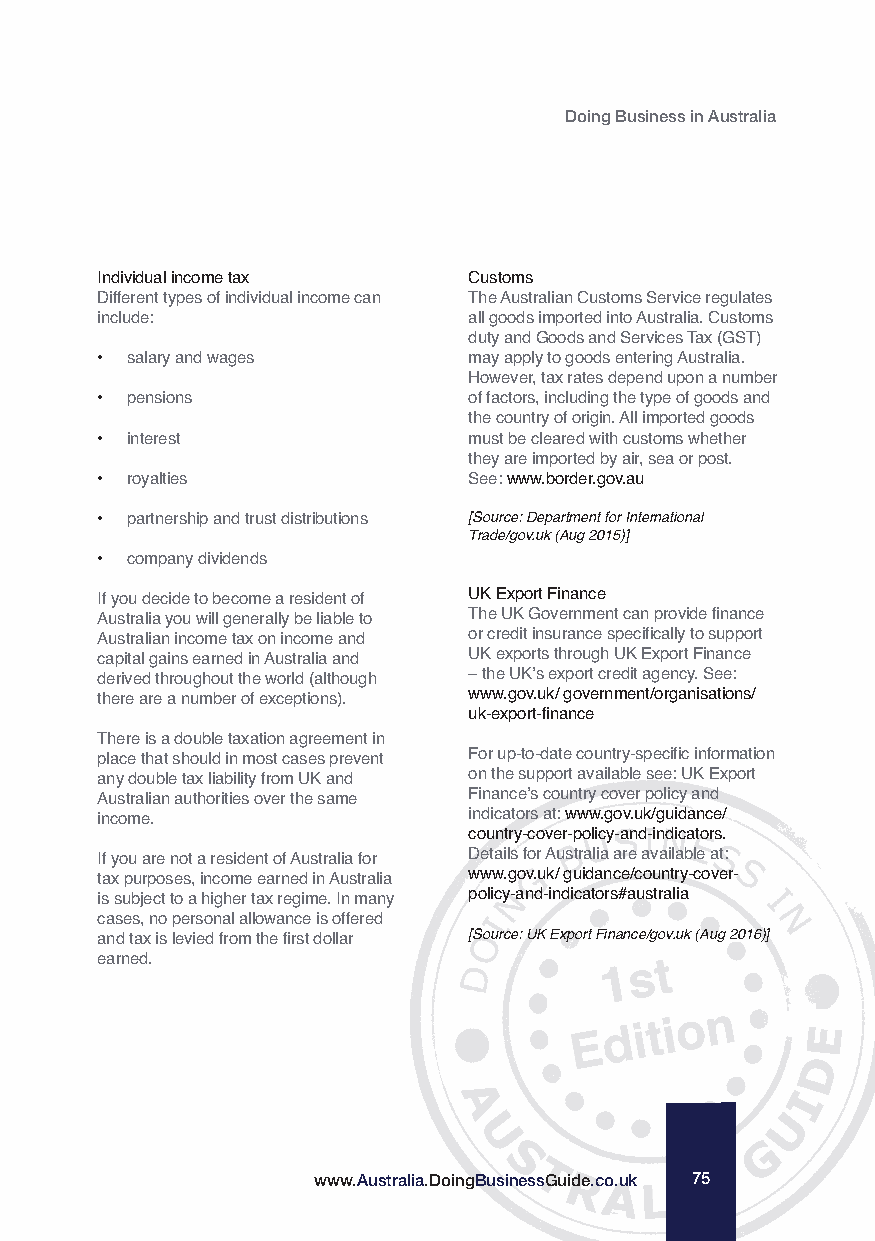
Doing Business in Australia
 Individual income tax    Customs
 Different types of individual income can The Australian Customs Service regulates
 include:                 all goods imported into Australia. Customs
 duty and Goods and Services Tax (GST)
 • salary and wages       may apply to goods entering Australia.
 However, tax rates depend upon a number
 • pensions               of factors, including the type of goods and
 the country of origin. All imported goods
 • interest               must be cleared with customs whether
 they are imported by air, sea or post.
 • royalties              See: www.border.gov.au
 • partnership and trust distributions [Source: Department for International
 Trade/gov.uk (Aug 2015)]
 • company dividends
 If you decide to become a resident of UK Export Finance
 Australia you will generally be liable to The UK Government can provide finance
 Australian income tax on income and or credit insurance specifically to support
 capital gains earned in Australia and UK exports through UK Export Finance
 derived throughout the world (although – the UK’s export credit agency. See:
 there are a number of exceptions). www.gov.uk/ government/organisations/
 uk-export-finance
 There is a double taxation agreement in
 place that should in most cases prevent For up-to-date country-specific information
 any double tax liability from UK and on the support available see: UK Export
 Australian authorities over the same Finance’s country cover policy and
 income.                  indicators at: www.gov.uk/guidance/
 country-cover-policy-and-indicators.
 If you are not a resident of Australia for Details for Australia are available at:
 tax purposes, income earned in Australia www.gov.uk/ guidance/country-cover-
 is subject to a higher tax regime. In many policy-and-indicators#australia
 cases, no personal allowance is offered
 and tax is levied from the first dollar [Source: UK Export Finance/gov.uk (Aug 2016)]
 earned.
 www.Australia.DoingBusinessGuide.co.uk 75